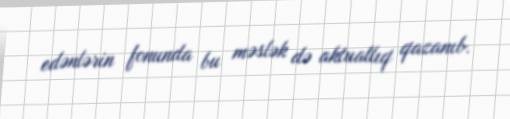
edənlərin fonunda bu məslək də aktuallıq qazanıb.